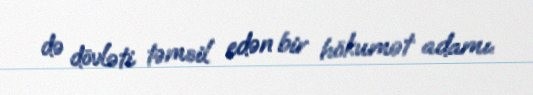
də dövləti təmsil edən bir hökumət adamı.